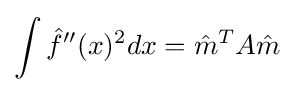
\int {\hat {f}}''(x)^{2}dx={\hat {m}}^{T}A{\hat {m}}